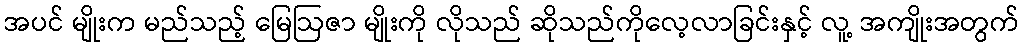
အပင် မျိုးက မည်သည့် မြေဩဇာ မျိုးကို လိုသည် ဆိုသည်ကိုလေ့လာခြင်းနှင့် လူ့ အကျိုးအတွက်